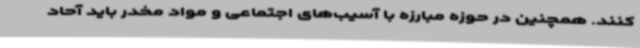
کنند. همچنین در حوزه مبارزه با آسیب‌های اجتماعی و مواد مخدر باید آحاد